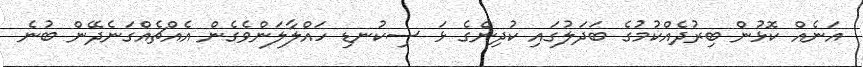
އަނެއް ކޮޅުން ބިރުދެއްކުމުގެ ބަދަލުގައި ކުދިންގެ ޅަ ސިކުނޑި ހައްލާލަންވެގެން އެއްޗެއްގަނެދޭން ބުނެ